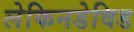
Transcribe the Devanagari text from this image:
लेकिनडेविड